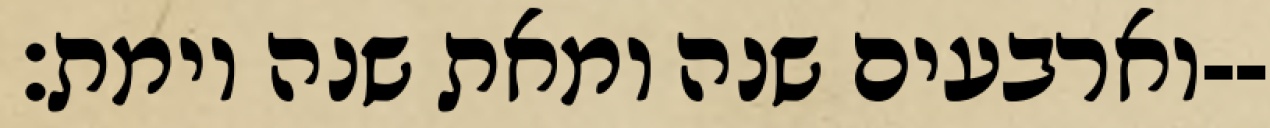
וארבעים שנה ומאת שנה וימת׃--